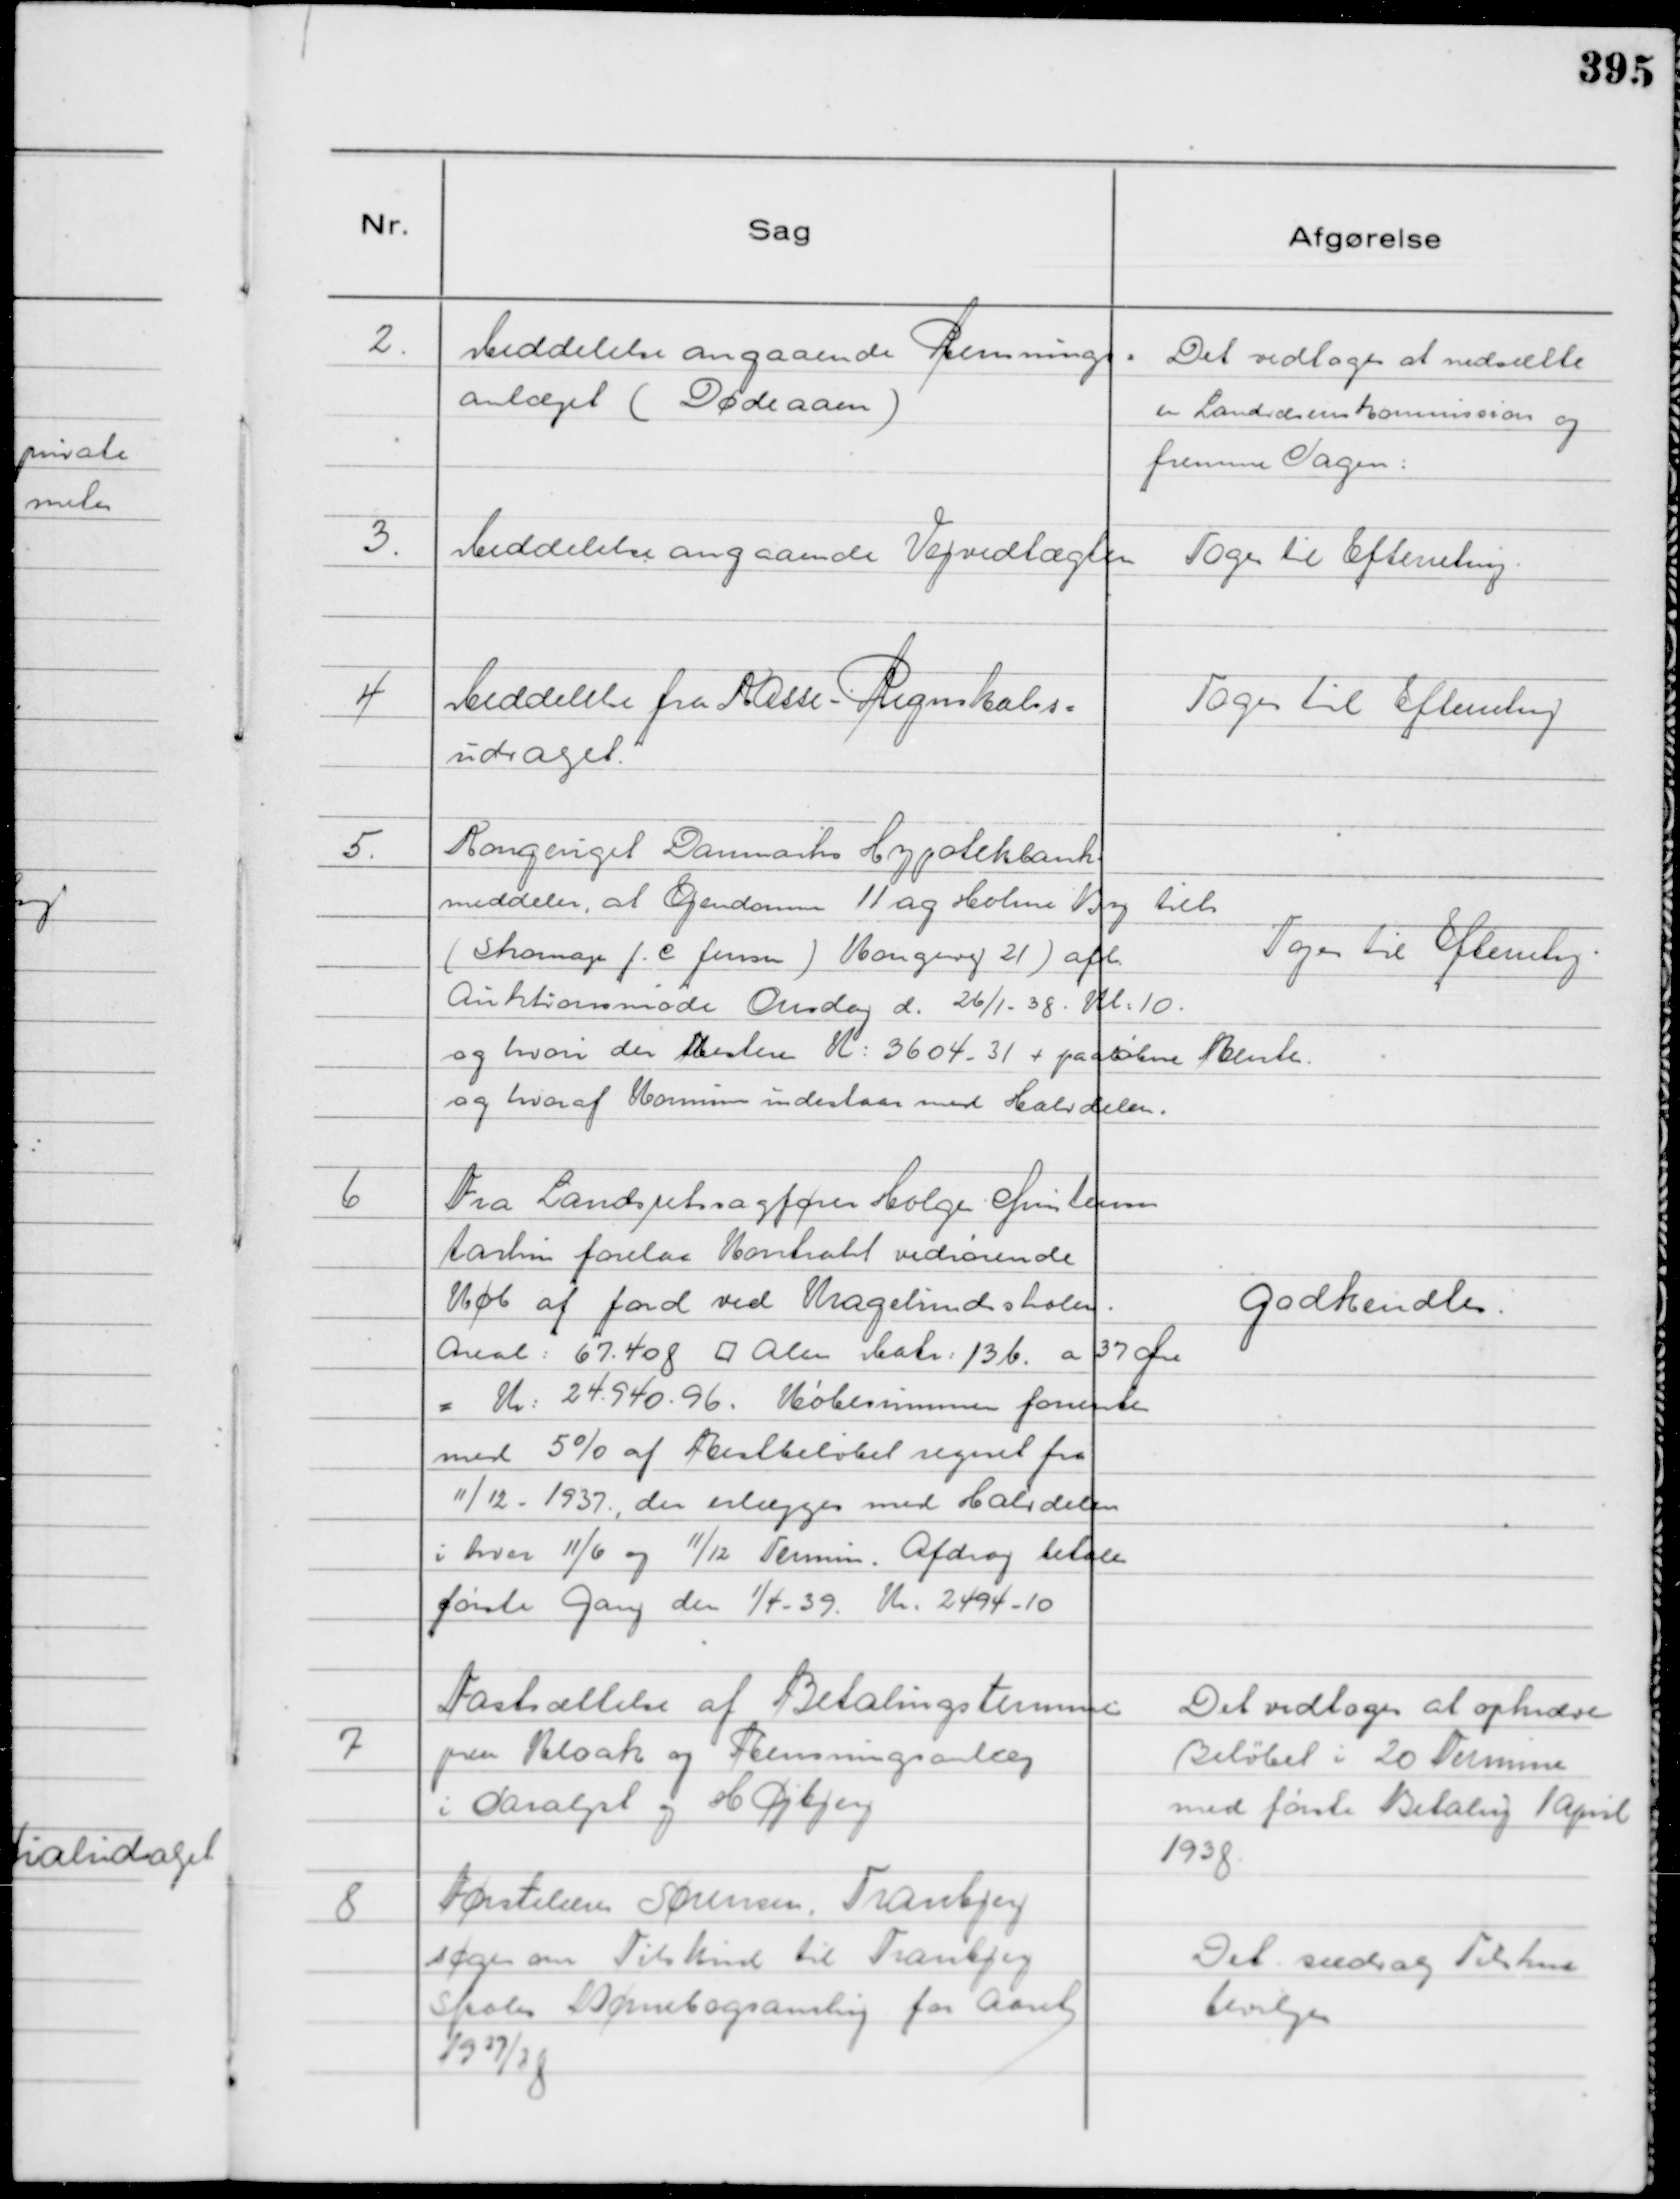
Transskription:
2.
Meddelelse angaaende Rensnings=
anlæget ( Dødeaaen )

Det vedtoges at nedsætte
en Landvæsenskommission og
fremme Sagen:

3.
Meddelelse angaaende Vejvedtægten

Toges til Efterretnig.

4
Meddelelse fra Kasse- Regnskabs=
udvalget.

Toges til Efterretng

5.
Kongeriget Danmarks Hypotekbank
meddeler, at Ejendomm 11 ag Holme By tilh
( Skomager J. C Jensen ) Kongevej 21 ) afh.
Auktionsmøde Onsdag d. 26/1 - 38. Kl: 10.
og hvori der Resten K: 4604 - 31 + paaløbne Renter.
og hvoraf Komunen indestaar med Halvdelen.

Toges til Efterretng.

6
Fra Landsretssagfører Holger Christensen
Aarhus forelaa Kontrakt vedrørende
Køb af Jord ved Kragelundskolen.
Areal: 67.408 ⁥ Alen Matr: 13 b. a 37 Øre
= Kr: 24.940. 96. Købesummen forrentes
med 5% af Restbeløbet regnet fra
11/12 - 1937., der erlægges med Halvdelen
i hver 11/6 og 11/12 Termin. Afdrag betales
første Gang den 1/4 - 39 Kr. 2494 - 10

Godkendtes.

7
Fastsættelse af Betalingsterminer
paa Kloak og Rensningsanlæg
i Saralyst og Højbjerg

Det vedtoges at opkræve
Beløbet i 20 Termine
med første Betalng 1 April
1938.

8
Førstelærer Sørensen, Tranbjerg
søger om Tilskud til Tranbjerg
Skoles Børnebogsamling for Aaret
1937/38

Det sædvag Tilskud
bevilges